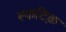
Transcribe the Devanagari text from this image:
स्फटिक़